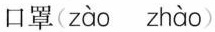
口罩( zào zhào )